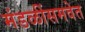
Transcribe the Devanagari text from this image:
मंडळींसमवेत